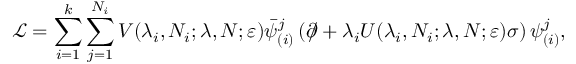
\mathcal { L } = \sum _ { i = 1 } ^ { k } \sum _ { j = 1 } ^ { N _ { i } } V ( \lambda _ { i } , N _ { i } ; \lambda , N ; \varepsilon ) \bar { \psi } _ { ( i ) } ^ { j } \left( \partial \! \! \! \slash + \lambda _ { i } U ( \lambda _ { i } , N _ { i } ; \lambda , N ; \varepsilon ) \sigma \right) \psi _ { ( i ) } ^ { j } ,